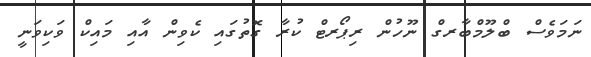
ނަމަވެސް ބްލޫމްބާރގް ނޫހުން ރިޕޯރޓް ކުރާ ގޮތުގައި ކެވިން އާއި މައިކް ވަކިވަނީ